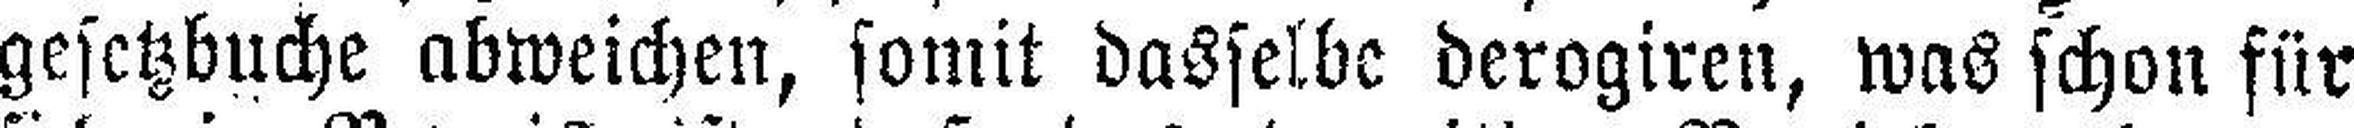
gesetzbuche abweichen, somit dasselbe derogiren, was schon für